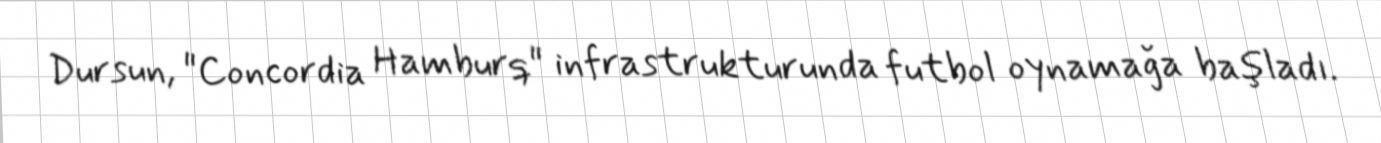
Dursun, "Concordia Hamburq" infrastrukturunda futbol oynamağa başladı.